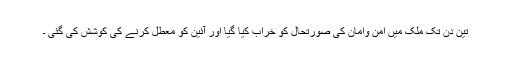
تین دن تک ملک میں امن وامان کی صورتحال کو خراب کیا گیا اور آئین کو معطل کرنے کی کوشش کی گئی ۔